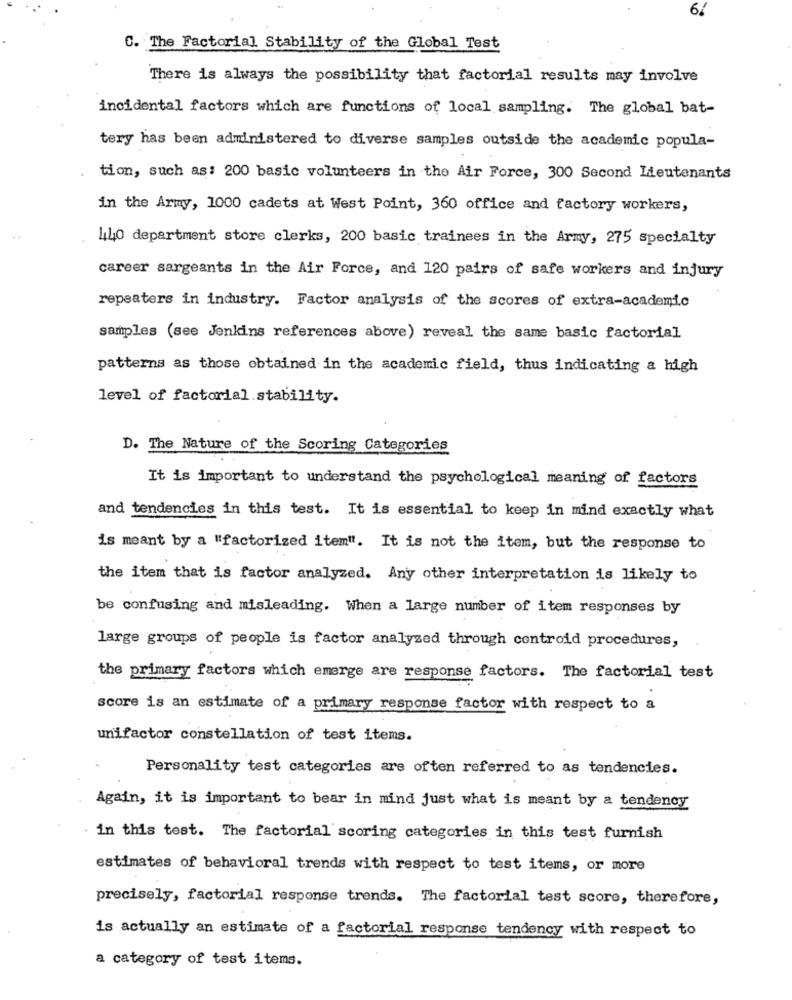
C. The Factorial Stability of the Global Test
There is always the possibility that factorial results may involve
incidental factors which are functions of local sampling. The global bat-
tery has been administered to diverse samples outside the academic popula-
tion, such as: 200 basic volunteers in the Air Force, 300 Second Lieutenants
in the Army, 1000 cadets at West Point, 360 office and factory workers,
440 department store clerks, 200 basic trainees in the Army, 275 specialty
career sargeants in the Air Force, and 120 pairs of safe workers and injury
repeaters in industry. Factor analysis of the scores of extra-academic
samples (see Jenkins references above) reveal the same basic factorial
patterns as those obtained in the academic field, thus indicating a high
level of factorial stability.
D. The Nature of the Scoring Categories
It is important to understand the psychological meaning of factors
and tendencies in this test. It is essential to keep in mind exactly what
is meant by a "factorized item". It is not the item, but the response to
the item that is factor analyzed. Any other interpretation is likely to
be confusing and misleading. When a large number of item responses by
large groups of people is factor analyzed through controid procedures,
the primary factors which emerge are response factors. The factorial test
score is an estimate of a primary response factor with respect to a
unifactor constellation of test items.
Personality test categories are often referred to as tendencies.
Again, it is important to bear in mind just what is meant by a tendency
in this test. The factorial scoring categories in this test furnish
estimates of behavioral trends with respect to test items, or more
precisely, factorial response trends. The factorial test score, therefore,
is actually an estimate of a factorial response tendency with respect to
a category of test items.